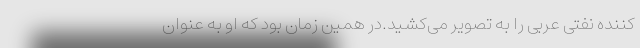
کننده نفتی عربی را به تصویر می‌کشید.در همین زمان بود که او به عنوان